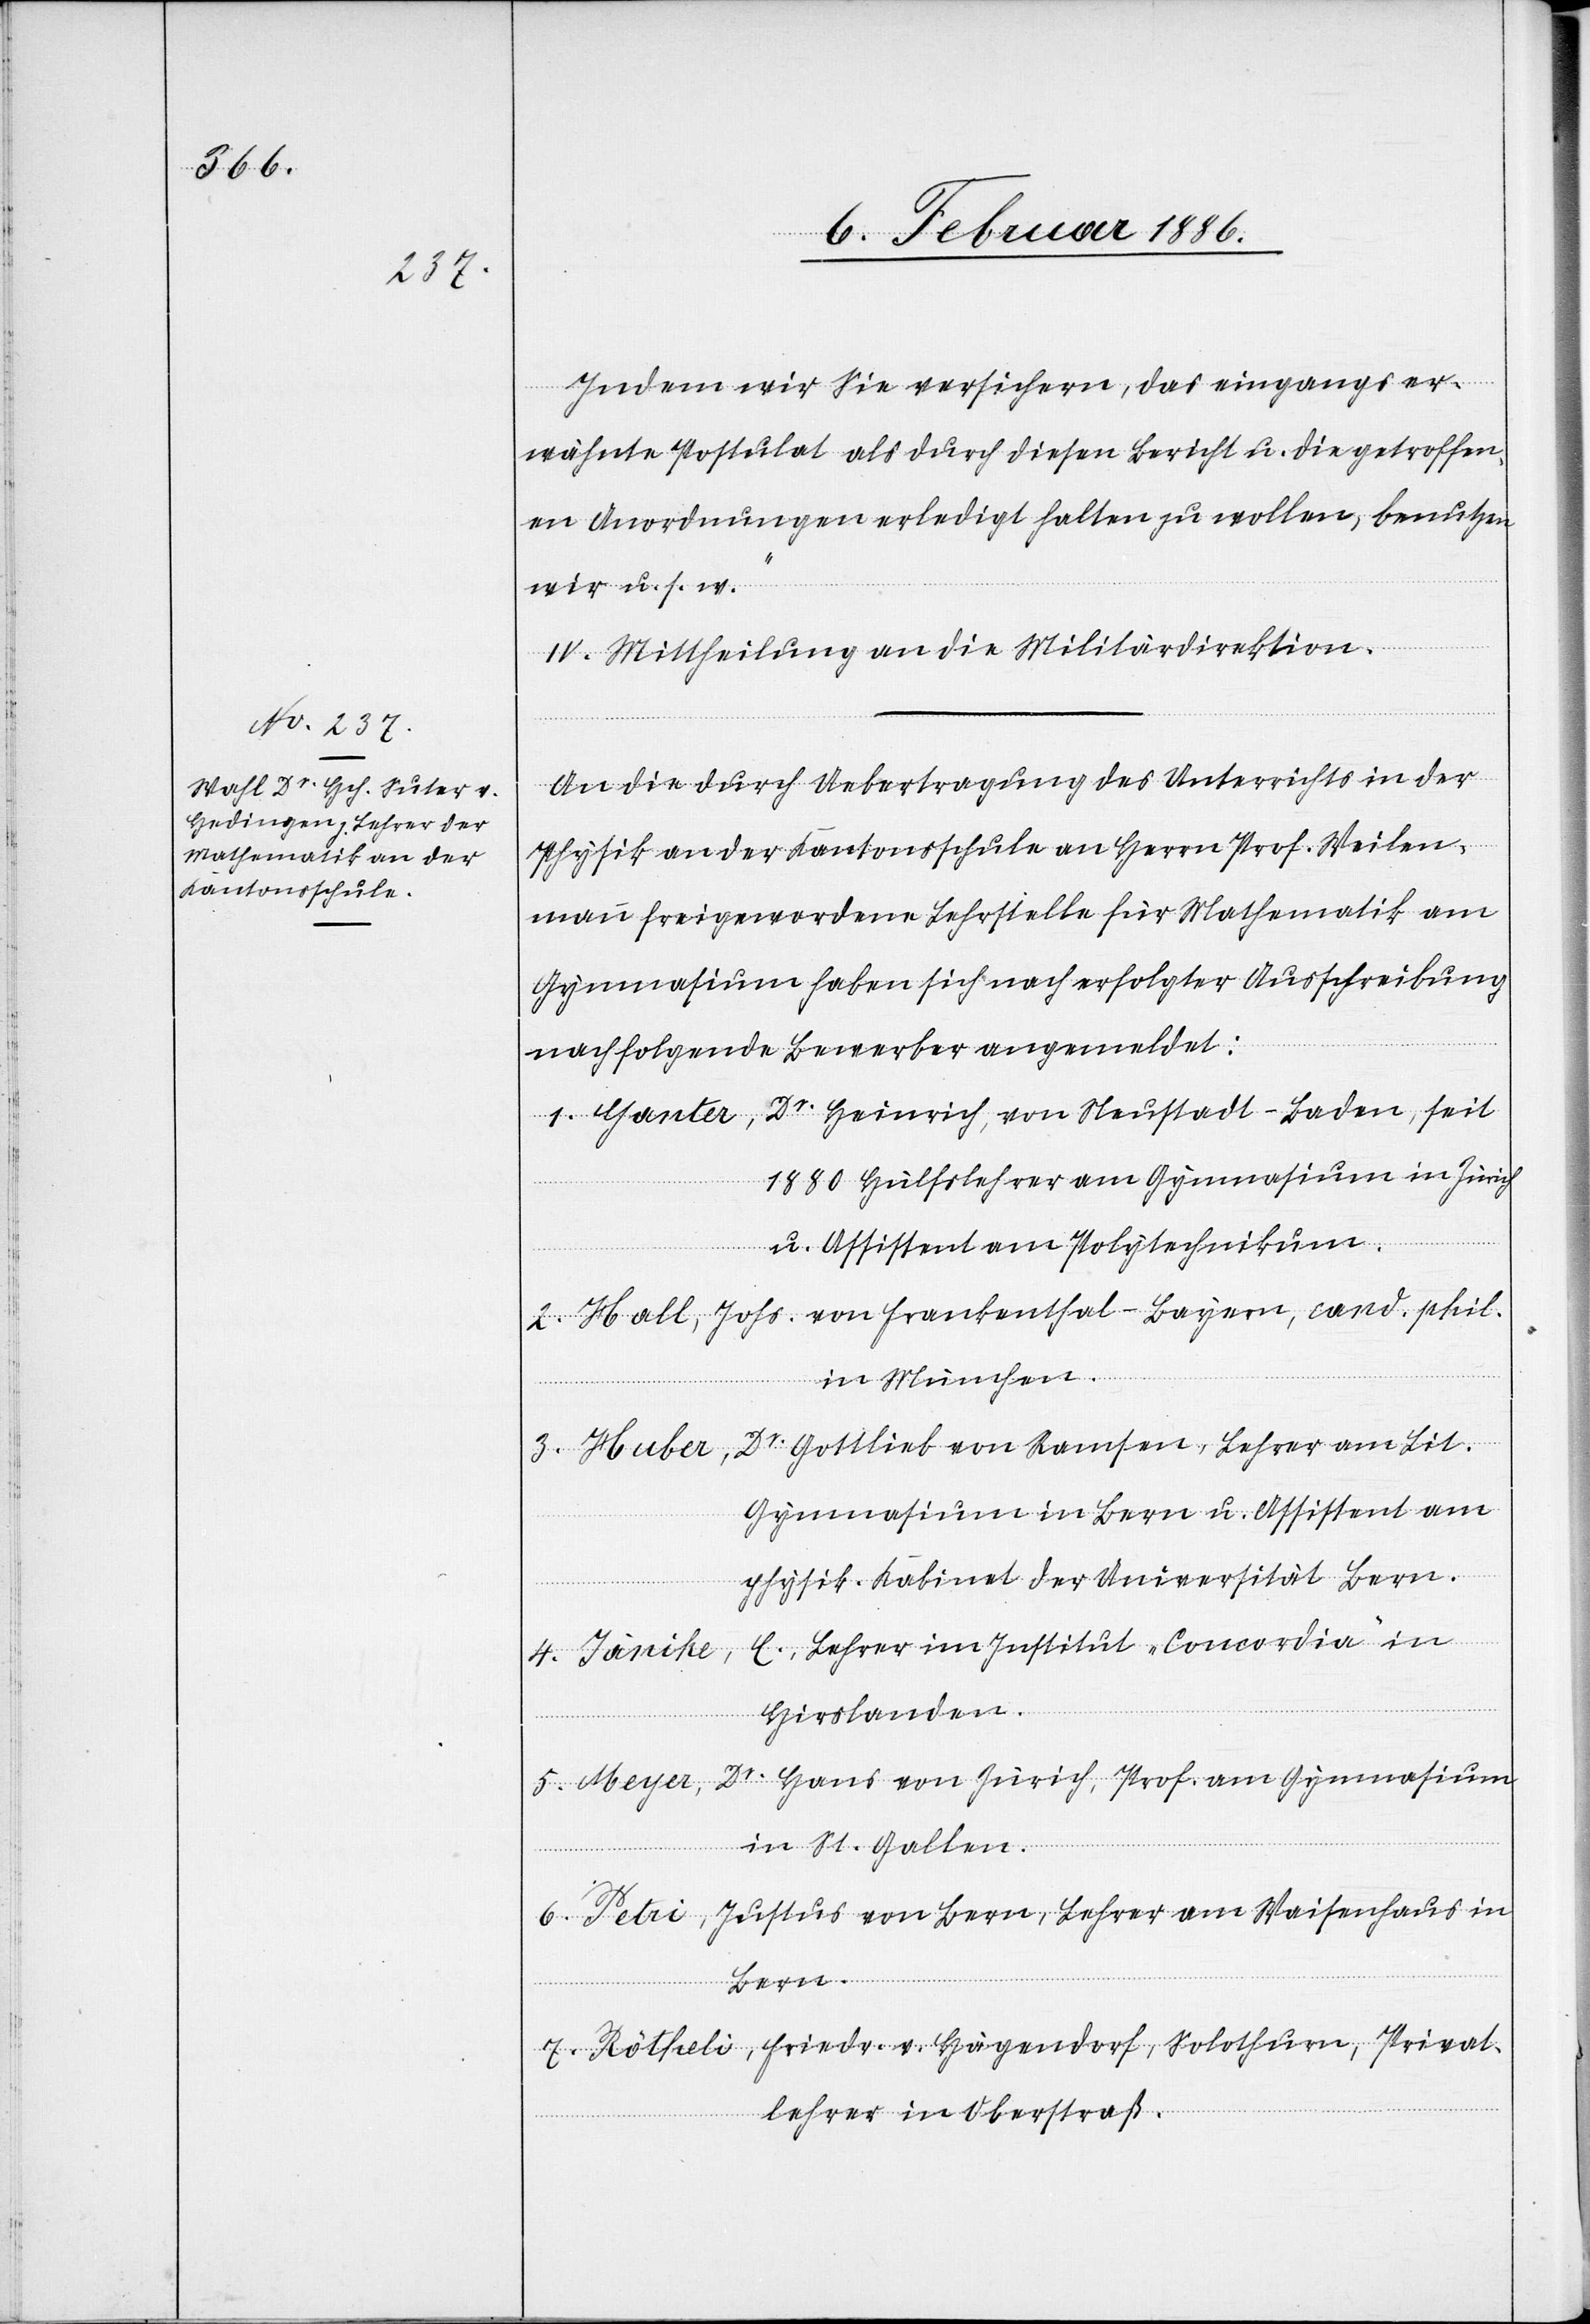
Indem wir Sie versichern, das eingangs er¬
wähnte Postulat als durch diesen Bericht u. die getroffen¬
en Anordnungen erledigt halten zu wollen, benutzen
wir u. s. w.“
IV. Mittheilung an die Militärdirektion.
An die durch Uebertragung des Unterrichts in der
Physik an der Kantonsschule an Herrn Prof. Weilen¬
mann freigewordene Lehrstelle für Mathematik am
Gymnasium haben sich nach erfolgter Ausschreibung
nach folgende Bewerber angemeldet:
1. Ganter, Dr. Heinrich, von Neustadt - Baden, seit
1880 Hülfslehrer am Gymnasium in Zürich
u. Assistent am Polytechnikum.
2. Hall, Johs. von Frankenthal - Bayern, cand. phil.
in München.
3. Huber, Dr. Gottlieb von Ramsen, Lehrer am Lit.
Gymnasium in Bern u. Assistent am
physik. Kabinet der Universität Bern.
4. Jänike, E., Lehrer im Institut „Concordia“ in
Hirslanden.
5. Meyer, Dr. Hans von Zürich, Prof. am Gymnasium
in St. Gallen.
6. Petri, Justus von Bern, Lehrer am Waisenhaus in
Bern.
7. Rötheli, Friedr. v. Hägendorf, Solothurn, Privat¬
lehrer in Oberstraß.